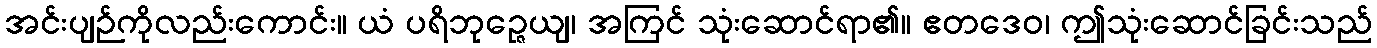
အင်းပျဉ်ကိုလည်းကောင်း။ ယံ ပရိဘုဉ္ဇေယျ၊ အကြင် သုံးဆောင်ရာ၏။ ဧတဒေဝ၊ ဤသုံးဆောင်ခြင်းသည်